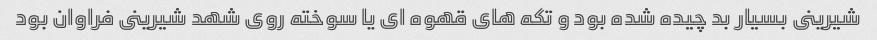
شیرینى بسیار بد چیده شده بود و تکه هاى قهوه اى یا سوخته روى شهد شیرینى فراوان بود